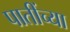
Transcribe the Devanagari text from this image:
पातींच्या